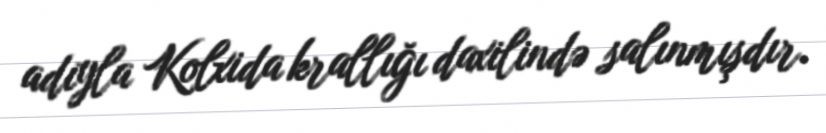
adıyla Kolxida krallığı daxilində salınmışdır.